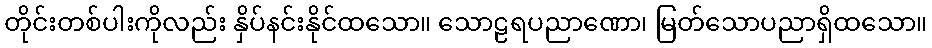
တိုင်းတစ်ပါးကိုလည်း နှိပ်နင်းနိုင်ထသော။ သောဠရပညာဏော၊ မြတ်သောပညာရှိထသော။